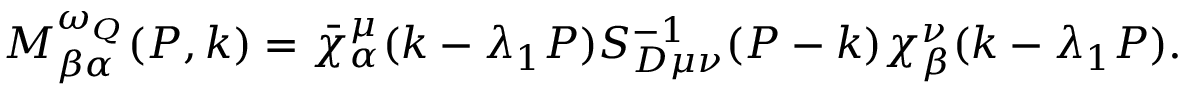
M _ { \beta \alpha } ^ { \omega _ { Q } } ( P , k ) = \bar { \chi } _ { \alpha } ^ { \mu } ( k - \lambda _ { 1 } P ) S _ { D \mu \nu } ^ { - 1 } ( P - k ) \chi _ { \beta } ^ { \nu } ( k - \lambda _ { 1 } P ) .